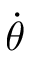
\dot { \theta }